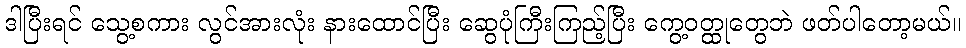
ဒါပြီးရင် သွေ့စကား လွင်အားလုံး နားထောင်ပြီး ဆွေပုံကြီးကြည့်ပြီး ကွေ့ဝတ္ထုတွေဘဲ ဖတ်ပါတော့မယ်။